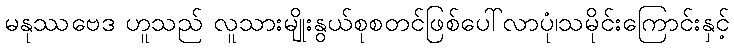
မနုဿဗေဒ ဟူသည် လူသားမျိုးနွယ်စုစတင်ဖြစ်ပေါ်လာပုံ၊သမိုင်းကြောင်းနှင့်